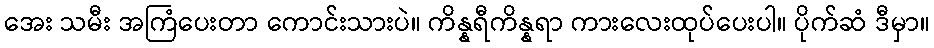
အေး သမီး အကြံပေးတာ ကောင်းသားပဲ။ ကိန္နရီကိန္နရာ ကားလေးထုပ်ပေးပါ။ ပိုက်ဆံ ဒီမှာ။